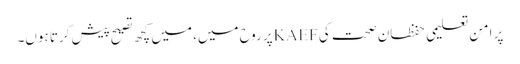
پر امن تعلیمی حفظان صحت کیKAEFپر روح میں، میں کچھ تصیح پیش کرتا ہوں۔